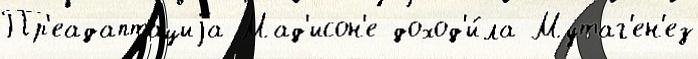
Пр'еадаптациjа Мад'исон'е доход'и́ла Мутаг'ен'ез